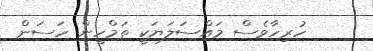
ހުރިހާވެސް މައްސަލަޔަކީ ތަމްހީން ހަސަން